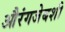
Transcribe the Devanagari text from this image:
औरंगजेबशी